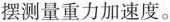
摆测量重力加速度。